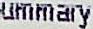
UMMARY